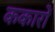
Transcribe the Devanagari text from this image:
ककारों